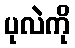
ပုလဲကို